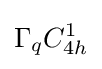
\Gamma _{q}C_{4h}^{1}